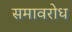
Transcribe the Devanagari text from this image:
समावरोध